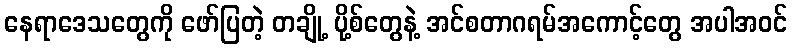
နေရာဒေသတွေကို ဖော်ပြတဲ့ တချို့ ပို့စ်တွေနဲ့ အင်စတာဂရမ်အကောင့်တွေ အပါအဝင်